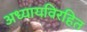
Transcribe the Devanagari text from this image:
अध्यायविरहित